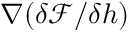
\nabla ( \delta \mathcal { F } / \delta h )